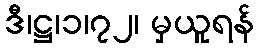
ဒီ၊ဋ္ဌ၊၁၊၇၂၊ မှယူရန်